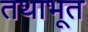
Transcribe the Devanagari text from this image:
तथाभूत